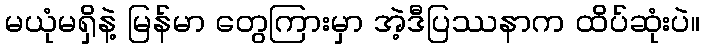
မယုံမရှိနဲ့ မြန်မာ တွေကြားမှာ အဲ့ဒီပြဿနာက ထိပ်ဆုံးပဲ။